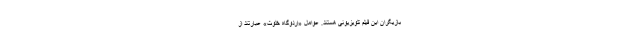
بازیگران این فیلم تلویزیونی هستند. عوامل «اردوگاه خلوت» عبارتند از